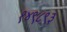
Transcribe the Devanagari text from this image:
१४९८९३